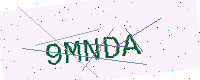
Text: 9MNDA